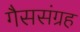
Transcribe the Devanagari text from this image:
गैससंग्रह